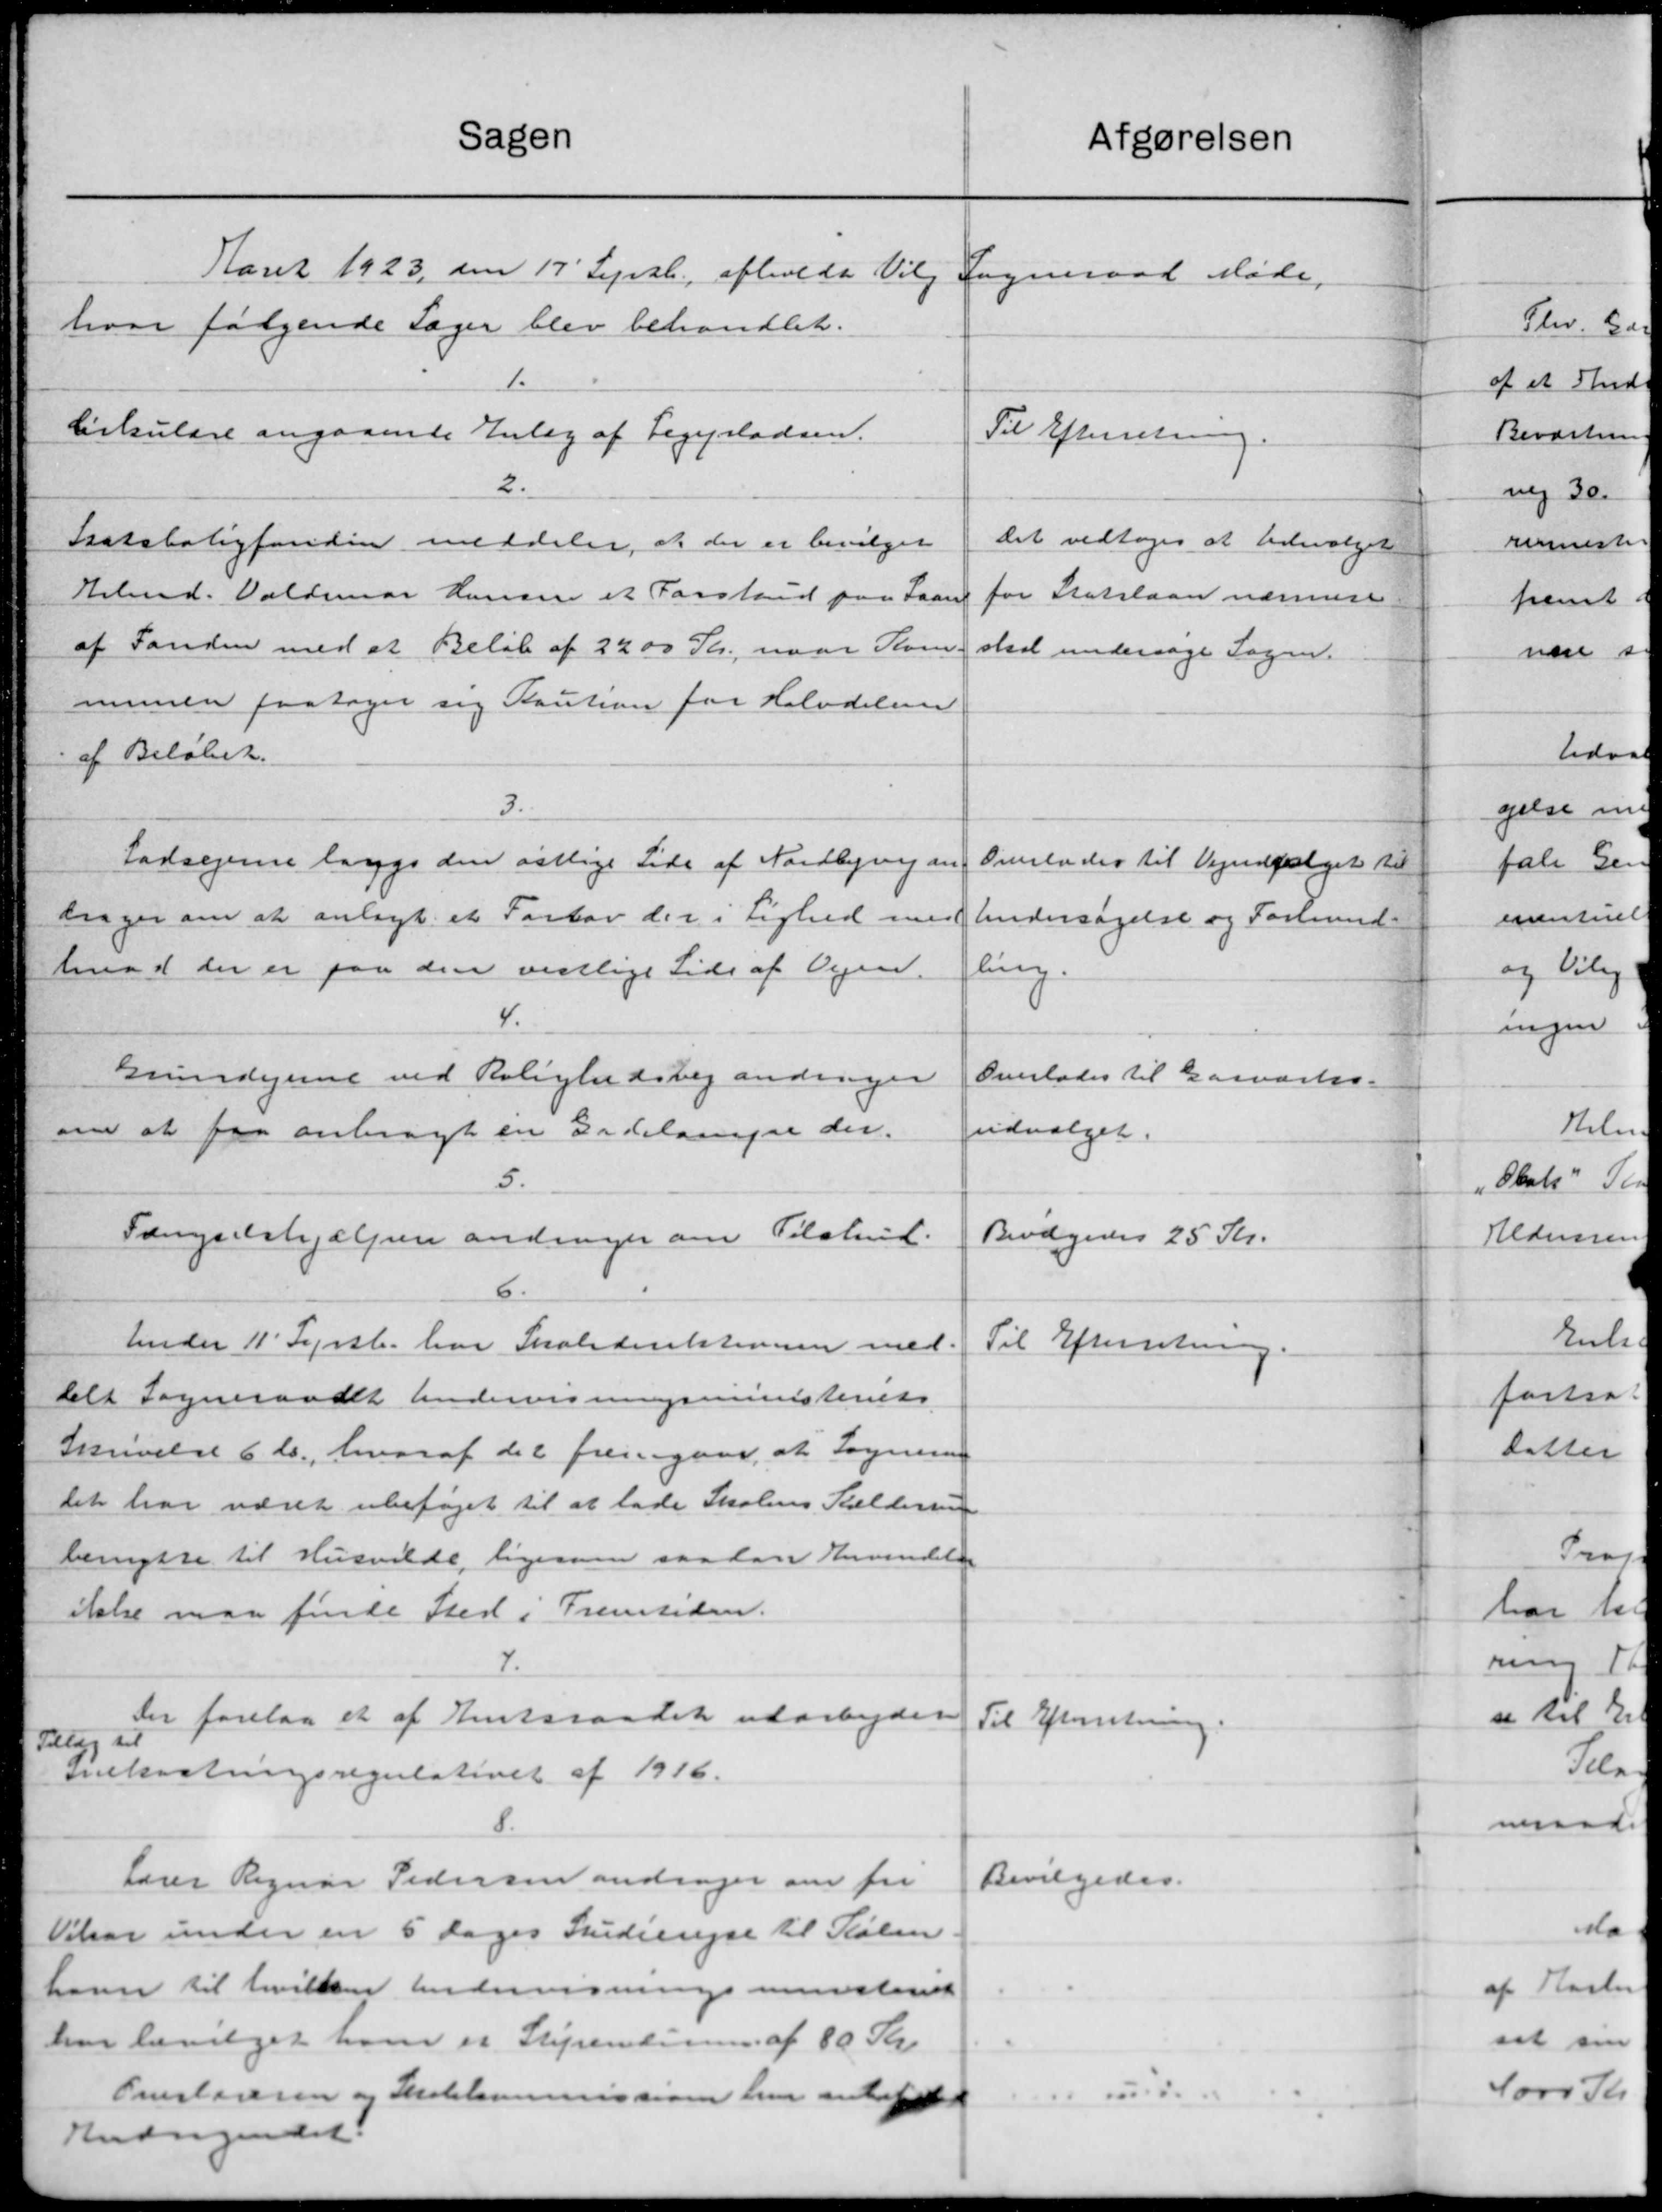
Transskription:
Sagen
Aaret 1923 den 17' Sept. afholde Vilg
hvor følgende Sager blev behandlet.
1.
Cirkulære angaaende Enlæg af Legepladsen.
2.
Statsboligfonden meddeler, at der er bevilget
Helmd. Valdemar Hansen et Forskud paa Laan
af Fanden med at Beløb af 2200 Kr., naar Kom-
munen paatager sig Kaution for Halvdelene
af Beløbet.
3.
Lodsejerne lægge den østlige Side af Nordbjerg an
drager om at anlagt et Fortov der i Lighed med
Imod der er paa den vestlige Side af Vejen.
4.
Grundejerne ved Relighedsvej andrager
om at faa anbragt en Gadelange der.
5.
Fængselshjælpen andrager om Tilskud.
6.
Under 11' Serb. har Skoledirektionen med-
delt Sogneraadet Andervisningsministeriet
Skrivelse 6 ds., hvoraf det fremgaar, at Sogneraa
det har været ubeføjet til at lade Skolens Paldersen
benytte til Husvilde, ligerne saa lan Anvendelse
itelse maa finde Sted i Fremtiden.
7.
Der forelaa et af Amtsraadet udarbejder
Tillæg til
snekastningsregulativet af 1916.
Lærer Regnar Pedersen andrager om fri
Vikar under en 5 Dages Studierejse til Salm
have til hvilke Andervisningsministeriet
har bevilget ham er Sterentimm. af 80 Kr
Omslageren og Skolekommissione har anbefalede
Andragendet.